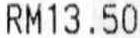
RM13.50